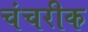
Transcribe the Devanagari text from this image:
चंचरीक